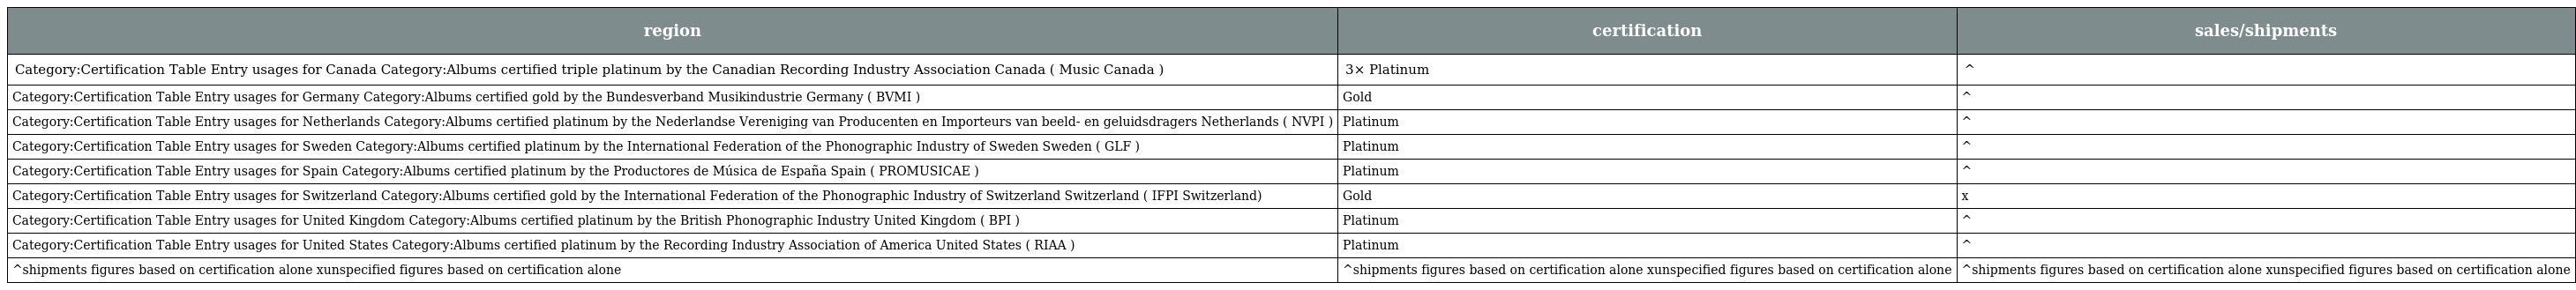
| region | certification | sales/shipments |
 | --- | --- | --- |
 | Category:Certification Table Entry usages for Canada Category:Albums certified triple platinum by the Canadian Recording Industry Association Canada ( Music Canada ) | 3× Platinum | ^ |
 | Category:Certification Table Entry usages for Germany Category:Albums certified gold by the Bundesverband Musikindustrie Germany ( BVMI ) | Gold | ^ |
 | Category:Certification Table Entry usages for Netherlands Category:Albums certified platinum by the Nederlandse Vereniging van Producenten en Importeurs van beeld- en geluidsdragers Netherlands ( NVPI ) | Platinum | ^ |
 | Category:Certification Table Entry usages for Sweden Category:Albums certified platinum by the International Federation of the Phonographic Industry of Sweden Sweden ( GLF ) | Platinum | ^ |
 | Category:Certification Table Entry usages for Spain Category:Albums certified platinum by the Productores de Música de España Spain ( PROMUSICAE ) | Platinum | ^ |
 | Category:Certification Table Entry usages for Switzerland Category:Albums certified gold by the International Federation of the Phonographic Industry of Switzerland Switzerland ( IFPI Switzerland) | Gold | x |
 | Category:Certification Table Entry usages for United Kingdom Category:Albums certified platinum by the British Phonographic Industry United Kingdom ( BPI ) | Platinum | ^ |
 | Category:Certification Table Entry usages for United States Category:Albums certified platinum by the Recording Industry Association of America United States ( RIAA ) | Platinum | ^ |
 | ^shipments figures based on certification alone xunspecified figures based on certification alone | ^shipments figures based on certification alone xunspecified figures based on certification alone | ^shipments figures based on certification alone xunspecified figures based on certification alone |